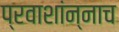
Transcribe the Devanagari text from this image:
प्रवाशांन्नाच